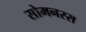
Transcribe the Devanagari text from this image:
सोमनस्स